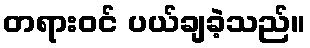
တရားဝင် ပယ်ချခဲ့သည်။